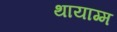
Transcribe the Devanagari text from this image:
थायाग्म